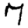
Digit: 7